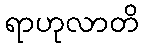
ရာဟုလာတိ